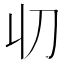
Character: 𠚨